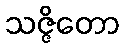
သဇ္ဇိတော